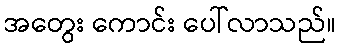
အတွေး ကောင်း ပေါ်လာသည်။